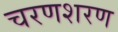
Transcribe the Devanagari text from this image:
चरणशरण